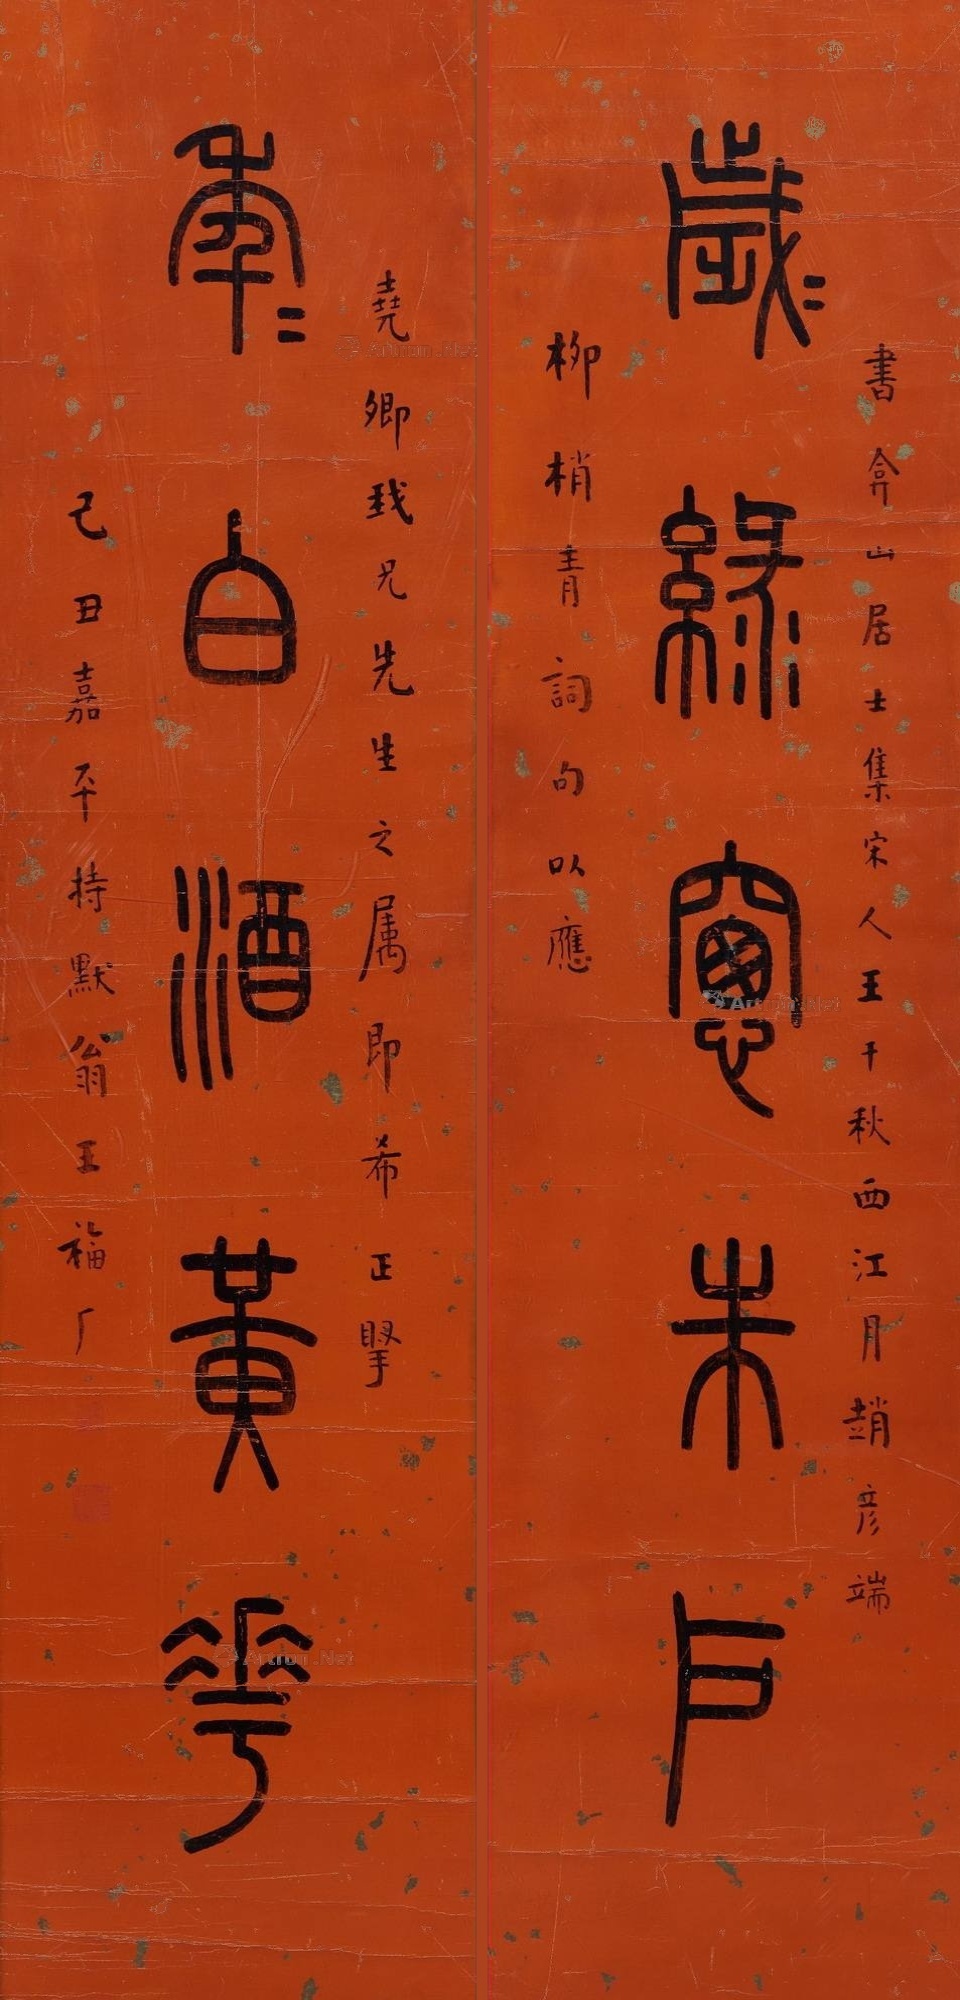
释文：岁岁绿窗朱户，年年白酒黄花。书弇山居士集，宋人王十秋西江月、赵彦端柳梢青词句以应。尧卿我兄先生之属即希正擎，己丑嘉平持墨翁王福厂。